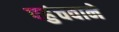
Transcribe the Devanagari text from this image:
पहुंचवाने